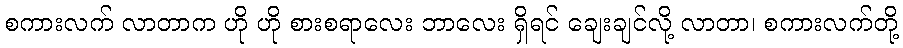
စကားလက် လာတာက ဟို ဟို စားစရာလေး ဘာလေး ရှိရင် ချေးချင်လို့ လာတာ၊ စကားလက်တို့